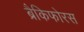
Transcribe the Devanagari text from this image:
ब्रैकिफोरस